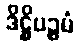
ဒိဋ္ဌိပဉ္စမံ